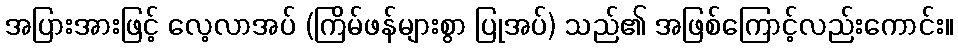
အပြားအားဖြင့် လေ့လာအပ် (ကြိမ်ဖန်များစွာ ပြုအပ်) သည်၏ အဖြစ်ကြောင့်လည်းကောင်း။